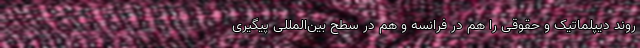
روند دیپلماتیک و حقوقی را هم در فرانسه و هم در سطح بین‌المللی پیگیری